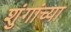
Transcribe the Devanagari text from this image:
शुंगांच्या